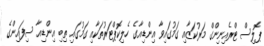
ޕޮލިސް ޓްރެއިނިންގް މަރުކަޒާއި ގަމުގައިވާ އިންޑިއާގެ ހެލިކޮޕްޓަރުތަކާއި ގަމުގައި ތިބި އިންޑިއާ ސިފައިންގެ